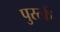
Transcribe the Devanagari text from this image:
पुस्त्कें